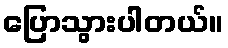
ပြောသွားပါတယ်။